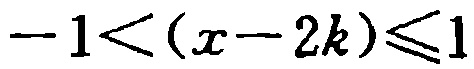
\(-1<(x - 2k)\leqslant1\)